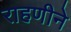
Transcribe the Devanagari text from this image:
राहणीने